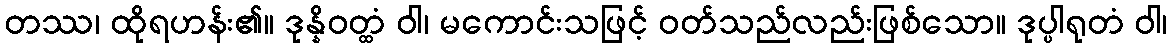
တဿ၊ ထိုရဟန်း၏။ ဒုန္နိဝတ္ထံ ဝါ၊ မကောင်းသဖြင့် ဝတ်သည်လည်းဖြစ်သော။ ဒုပ္ပါရုတံ ဝါ၊